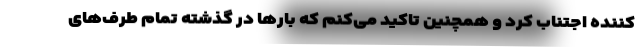
کننده اجتناب کرد و همچنین تاکید می‌کنم که بارها در گذشته تمام طرف‌های